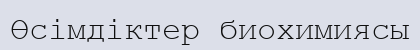
Өсімдіктер биохимиясы